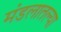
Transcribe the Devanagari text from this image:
मंडलातल्या